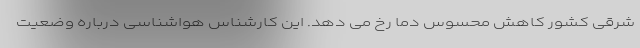
شرقی کشور کاهش محسوس دما رخ می دهد. این کارشناس هواشناسی درباره وضعیت